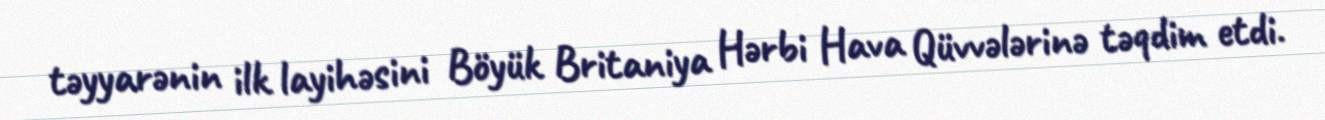
təyyarənin ilk layihəsini Böyük Britaniya Hərbi Hava Qüvvələrinə təqdim etdi.